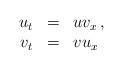
LaTeX: \begin{align*}\begin{array}{rcl}u_t & = & u v_x \,, \\v_t & = & v u_x\end{array}\end{align*}